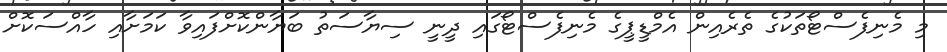
މި މެނިފެސްޓޯތަކުގެ ތެރެއިން އެމްޑީޕީގެ މެނިފެސްޓޯގައި ދީނީ ސިޔާސަތު ބަޔާންކޮށްފައިވާ ކަމަށާއި ހާއްސަކޮށް